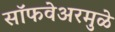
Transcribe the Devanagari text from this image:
सॉफवेअरमुळे